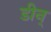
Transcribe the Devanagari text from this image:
डीन्